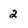
Character: 2